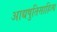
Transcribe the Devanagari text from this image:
आद्यषुतिसाहित्य